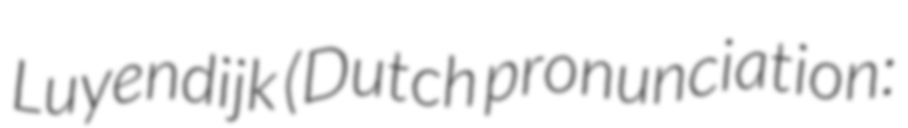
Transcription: Luyendijk (Dutch pronunciation: